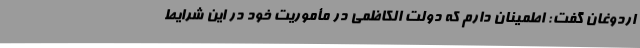
اردوغان گفت: اطمینان دارم که دولت الکاظمی در مأموریت خود در این شرایط